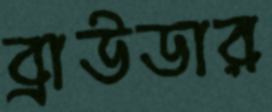
ব্রাউডার